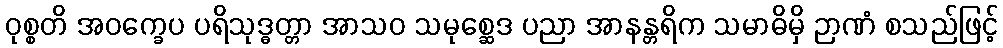
ဝုစ္စတိ အဝက္ခေပ ပရိသုဒ္ဓတ္တာ အာသဝ သမုစ္ဆေဒ ပညာ အာနန္တရိက သမာဓိမှိ ဉာဏံ စသည်ဖြင့်